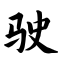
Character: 驶